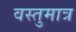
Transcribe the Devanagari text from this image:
वस्तुमात्र